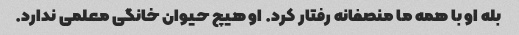
بله او با همه ما منصفانه رفتار کرد. او هیچ حیوان خانگی معلمی ندارد.